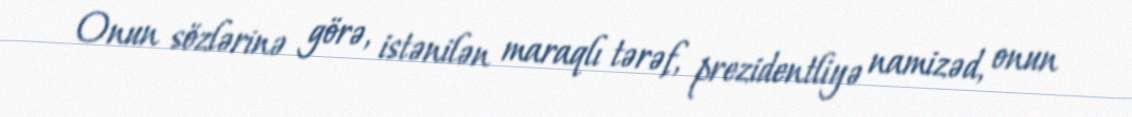
Onun sözlərinə görə, istənilən maraqlı tərəf, prezidentliyə namizəd, onun